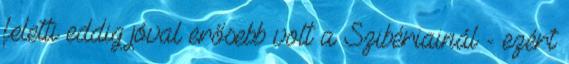
feletti eddig jóval erősebb volt a Szibériainál - ezért